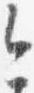
今